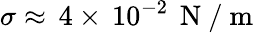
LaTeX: \sigma\approx\, 4\times\, 10^{-2}\, \mathrm{~N~}/\mathrm{~m~}